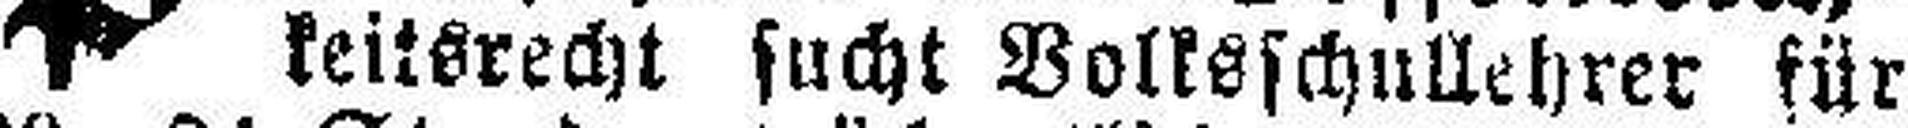
keitsrecht sucht Volksschullehrer für